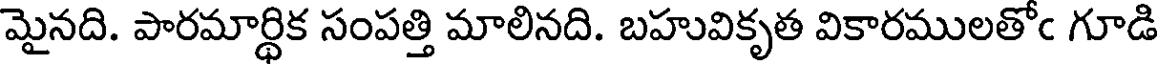
మైనది. పారమార్థిక సంపత్తి మాలినది. బహువికృత వికారములతోఁ గూడి